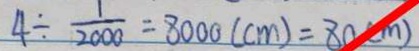
4 \div \frac { 1 } { 2 0 0 0 } = 8 0 0 0 ( c m ) = 8 0 ( c m )